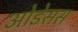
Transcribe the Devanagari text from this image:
ओडेसस